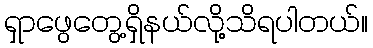
ရှာဖွေတွေ့ရှိနယ်လို့သိရပါတယ်။